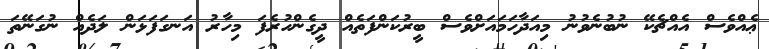
ޢެއްވެސް އެއްޗެކޭ ނުބުނެވުނު މިއަދާހަމައަށްވެސް ބީރުކަންފަތެއް ދީގެންހުރެފަ މިހާރު އަނގަފަޅަން ލަދެއް ނުގަނޭތަ